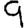
Digit: 9